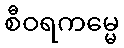
စီဝရကမ္မေ